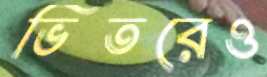
ভিতরেও